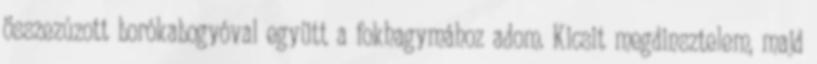
összezúzott borókabogyóval együtt a fokhagymához adom. Kicsit megdinsztelem, majd